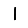
Digit: 1